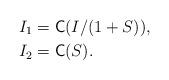
LaTeX: \begin{align*}I_1 &= \textsf{C}(I/(1+S)), \\I_2 &= \textsf{C}(S).\end{align*}